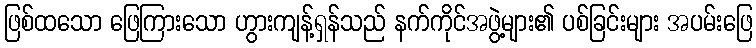
ဖြစ်ထသော ဖြေကြားသော ဟွားကျန့်ရှန်သည် နက်ကိုင်အဖွဲ့များ၏ ပစ်ခြင်းများ အပမ်းဖြေ